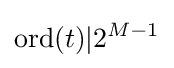
\operatorname {ord} (t)|2^{M-1}